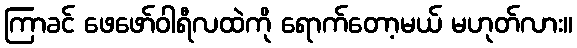
ကြာခင် ဖေဖော်ဝါရီလထဲကို ရောက်တော့မယ် မဟုတ်လား။